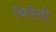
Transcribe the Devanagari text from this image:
चिवेली